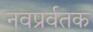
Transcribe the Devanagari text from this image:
नवप्रर्वतक